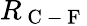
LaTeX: R_{\mathrm{~C~-~F~}}